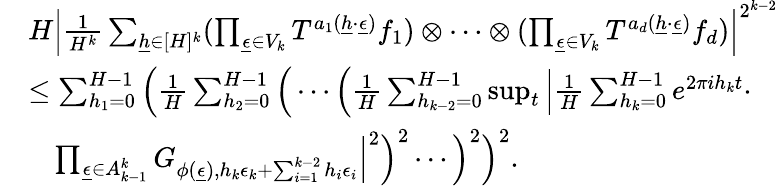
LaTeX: \begin{array}{rl}&{H\Big|\frac{1}{H^{k}}\sum_{\underline{{h}}\in[H]^{k}}(\prod_{\underline{{\epsilon}}\in V_{k}}T^{a_{1}(\underline{{h}}\cdot\underline{{\epsilon}})}f_{1})\otimes\cdots\otimes(\prod_{\underline{{\epsilon}}\in V_{k}}T^{a_{d}(\underline{{h}}\cdot\underline{{\epsilon}})}f_{d})\Big|^{2^{k-2}}}\\ &{\le\sum_{h_{1}=0}^{H-1}\Big(\frac{1}{H}\sum_{h_{2}=0}^{H-1}\Big(\cdots\Big(\frac{1}{H}\sum_{h_{k-2}=0}^{H-1}\operatorname*{sup}_{t}\Big|\frac{1}{H}\sum_{h_{k}=0}^{H-1}e^{2\pi ih_{k}t}\cdot}\\ &{\ \ \ \prod_{\underline{{\epsilon}}\in A_{k-1}^{k}}G_{\phi(\underline{{\epsilon}}),h_{k}\epsilon_{k}+\sum_{i=1}^{k-2}h_{i}\epsilon_{i}}\Big|^{2}\Big)^{2}\cdots\Big)^{2}\Big)^{2}.}\end{array}